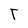
Character: t